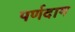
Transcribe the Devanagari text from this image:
पर्णदाग